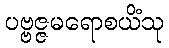
ပဗ္ဗဇ္ဇမရောစယိံသု